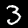
Digit: 3